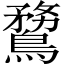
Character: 䳱